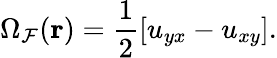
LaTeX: \Omega_{\mathcal{F}}(\mathbf{r})=\frac{{1}}{{2}}[u_{yx}-u_{xy}].